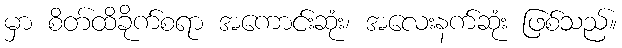
မှာ စိတ်ထိခိုက်စရာ အကောင်းဆုံး၊ အလေးနက်ဆုံး ဖြစ်သည်။